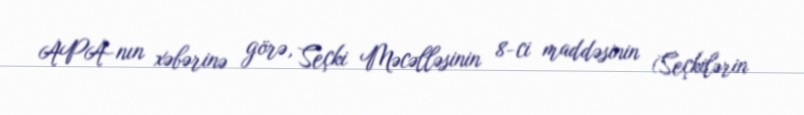
APA-nın xəbərinə görə, Seçki Məcəlləsinin 8-ci maddəsinin (Seçkilərin